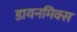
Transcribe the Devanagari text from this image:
डायनमिक्स